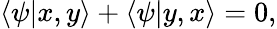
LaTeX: \langle\psi|x,y\rangle+\langle\psi|y,x\rangle=0,